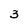
Character: 3